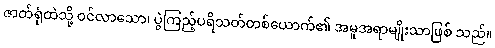
ဇာတ်ရုံထဲသို့ ဝင်လာသော၊ ပွဲကြည့်ပရိသတ်တစ်ယောက်၏ အမူအရာမျိုးသာဖြစ် သည်။